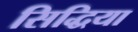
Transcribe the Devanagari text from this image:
सिद्धिया